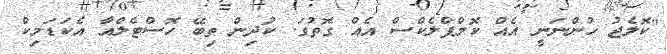
"ކޮލެޖު ހުންނަނީ އެއް ކޮމްޕްލެކްސް އެއް ގޮތުގަ. ކުދިން ތިބޭ ހޮސްޓެލްއާ އެކަޑަމިކް